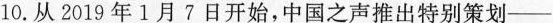
10.从2019年1月7日开始，中国之声推出特别策划——